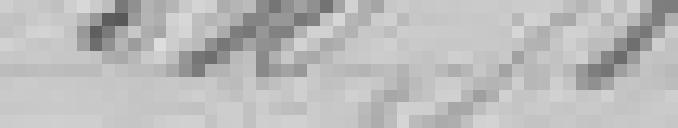
310,91